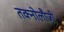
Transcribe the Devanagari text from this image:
तक्नोलौजी